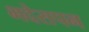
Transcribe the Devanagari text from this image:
भदेसपन